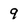
Character: 9